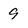
Character: 9